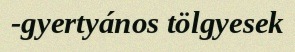
-gyertyános tölgyesek